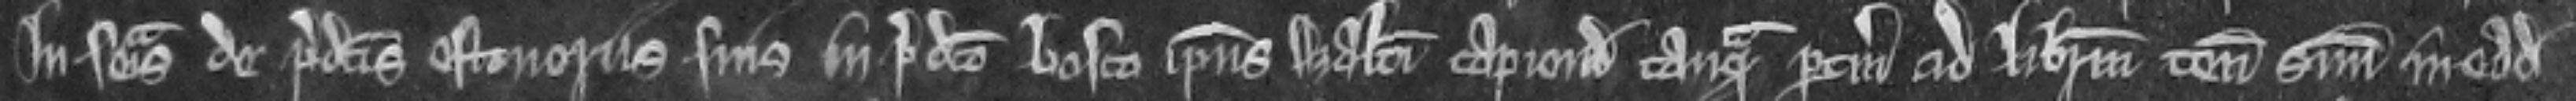
in seisina de predictis estoveriis suis in predicto bosco ipsius Walteri capiendis tanquam pertinencia ad liberum tenementum suum in eadem